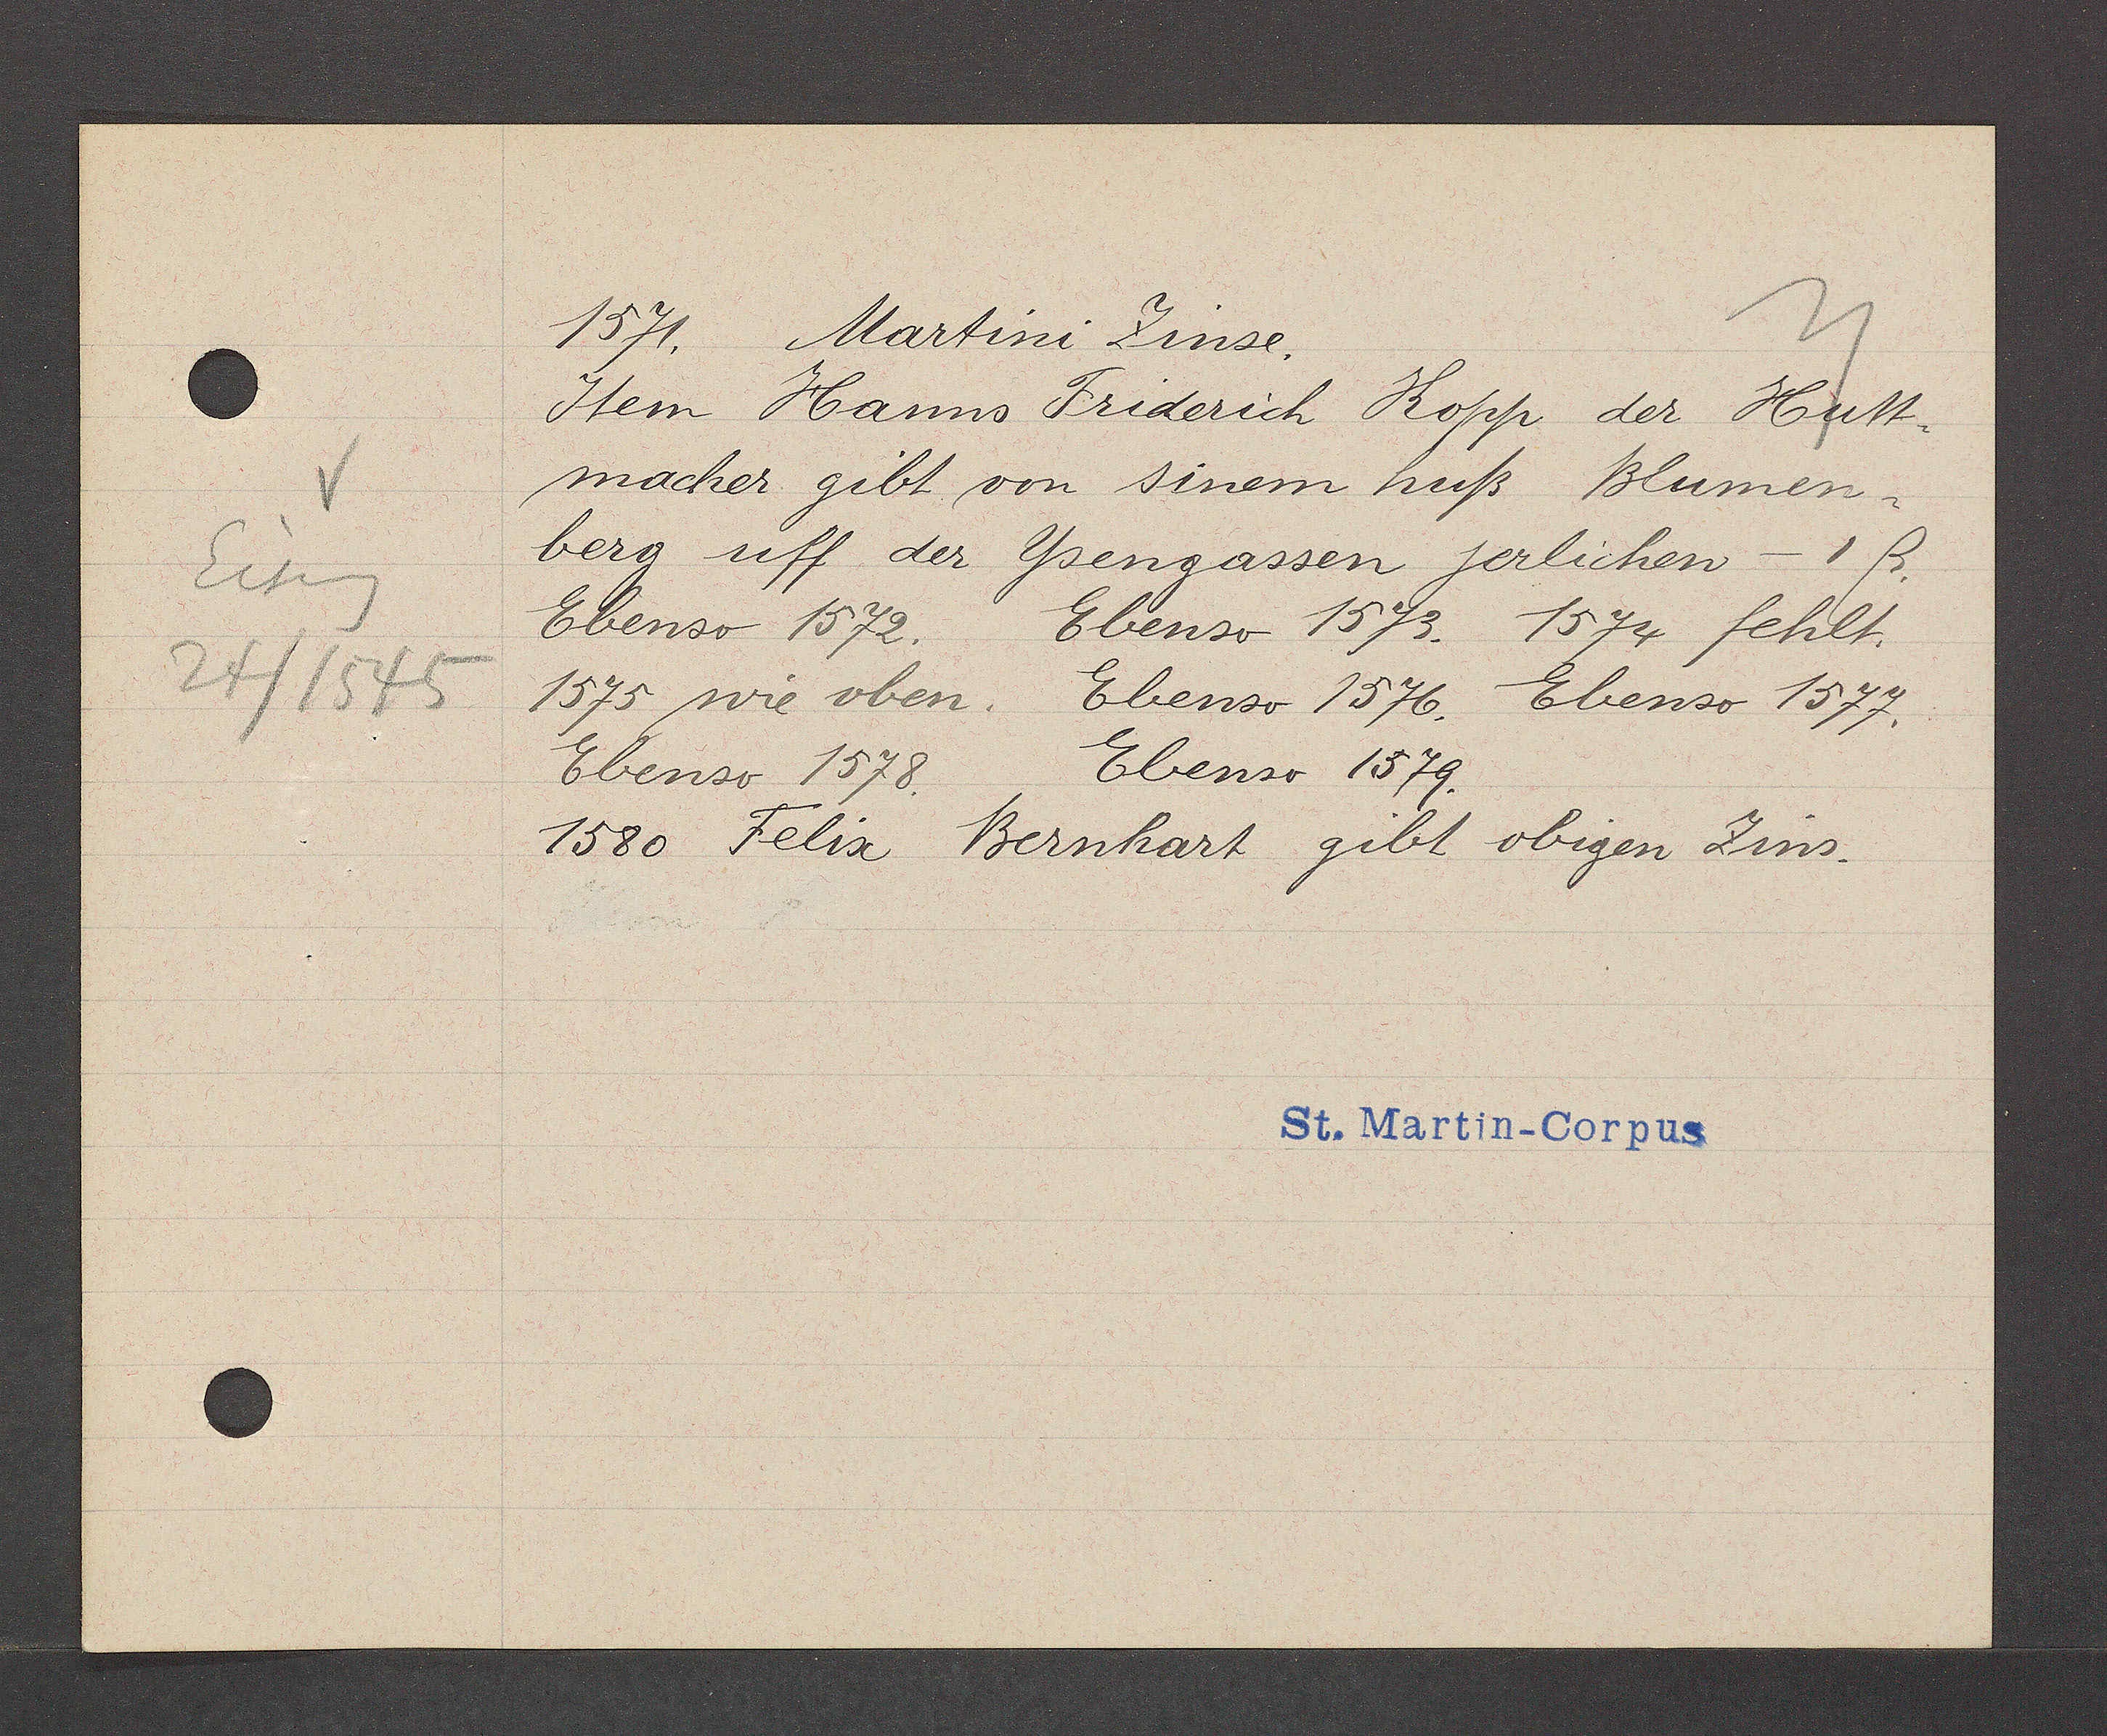
Transcript:
Eiseng
24/ 1545

1571. Martini Zinse.
Jtem Hanns Friderich Kopp der Hutt¬
macher gibt von sinem huß Blumen¬
berg uff der Ysensassen jerlichen - 1 ß.
Ebenso 1572.
Ebenso 1573. 1574 fehlt.
1575 wie oben. Ebenso 1576. Ebenso 1577.
Ebenso 1579.
Ebenso 1578.
1580 Felix
Bernhart gibt obigen Zins.